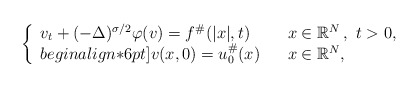
\begin{align*} \left\{\begin{array}[c]{lll}v_t+(-\Delta)^{\sigma/2}\varphi(v)=f^{\#}(|x|,t) & & x\in\mathbb{R}^{N}\,, \ t>0,\\begin{align*}6pt]v(x,0)=u_{0}^{\#}(x) & & x\in\mathbb{R}^{N},\end{array}\right. \end{align*}